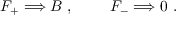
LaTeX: F _ { + } \Longrightarrow B \ , \qquad \ F _ { - } \Longrightarrow 0 \ .